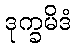
ဒုက္ခမိဒံ